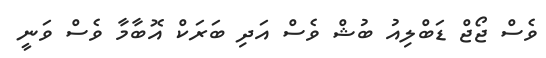
ވެސް ޖޯޖް ޑަބްލިއު ބުޝް ވެސް އަދި ބަރަކް އޮބާމާ ވެސް ވަނީ